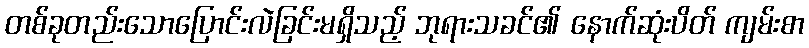
တစ်ခုတည်းသောပြောင်းလဲခြင်းမရှိသည့် ဘုရားသခင်၏ နောက်ဆုံးပိတ် ကျမ်းစာ